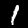
Digit: 1